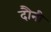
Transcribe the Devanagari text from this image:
दौनी